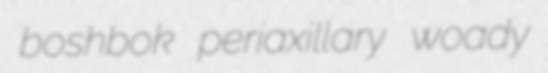
boshbok periaxillary woady